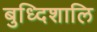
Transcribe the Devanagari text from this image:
बुध्दिशालि